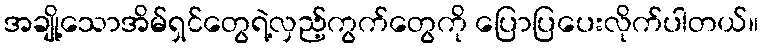
အချို့သောအိမ်ရှင်တွေရဲ့လှည့်ကွက်တွေကို ပြောပြပေးလိုက်ပါတယ်။